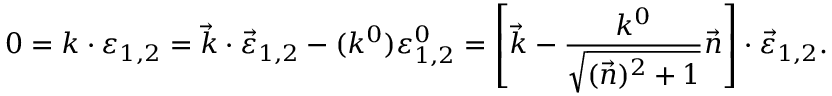
0 = k \cdot \varepsilon _ { 1 , 2 } = \vec { k } \cdot \vec { \varepsilon } _ { 1 , 2 } - ( k ^ { 0 } ) \varepsilon _ { 1 , 2 } ^ { 0 } = \left[ \vec { k } - \frac { k ^ { 0 } } { \sqrt { ( \vec { n } ) ^ { 2 } + 1 } } \vec { n } \right] \cdot \vec { \varepsilon } _ { 1 , 2 } .